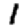
Digit: 1